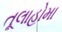
તૂલાહોમા